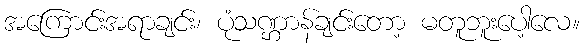
အကြောင်းအရာချင်း၊ ပုံသဏ္ဌာန်ချင်းတော့ မတူဘူးပေါ့လေ။